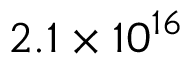
2 . 1 \times 1 0 ^ { 1 6 }